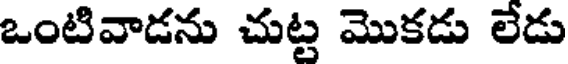
ఒంటివాడను చుట్ట మొకడు లేడు